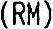
(RM)